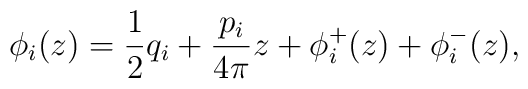
\phi_i(z)=\frac{1}{2}q_i+\frac{p_i}{4\pi}z+\phi_i^+(z)+\phi_i^-(z),